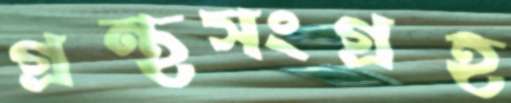
গ্রন্থসংগ্রহ